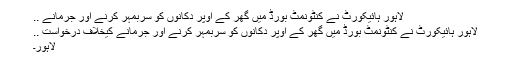
لاہور ہائیکورٹ نے کنٹونمٹ بورڈ میں گھر کے اوپر دکانوں کو سربمہر کرنے اور جرمانے ..
لاہور ہائیکورٹ نے کنٹونمٹ بورڈ میں گھر کے اوپر دکانوں کو سربمہر کرنے اور جرمانے کیخلاف درخواست ..
لاہور۔